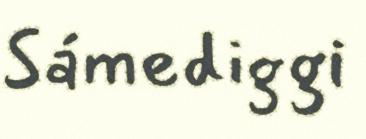
Sámediggi